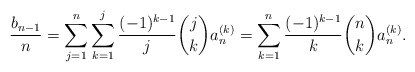
\begin{align*}\frac{b_{n-1}}{n} = \sum_{j=1}^n\sum_{k=1}^j \frac{(-1)^{k-1}}{j} \binom{j}{k} a^{(k)}_n= \sum_{k=1}^n \frac{(-1)^{k-1}}{k} \binom{n}{k} a^{(k)}_n. \end{align*}